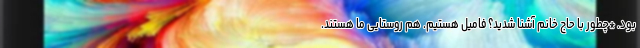
بود. *چطور با حاج خانم آشنا شدید؟ فامیل هستیم. هم روستایی ما هستند.